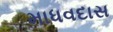
માધવદાસ